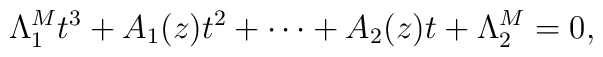
\Lambda_1^M t^{3}+ A_1(z)t^2+\cdots+A_2(z)t + \Lambda_2^M =0,